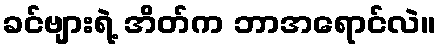
ခင်ဗျားရဲ့ အိတ်က ဘာအရောင်လဲ။